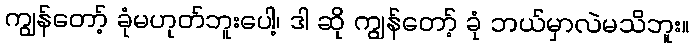
ကျွန်တော့် ခုံမဟုတ်ဘူးပေါ့၊ ဒါ ဆို ကျွန်တော့် ခုံ ဘယ်မှာလဲမသိဘူး။